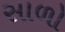
સાળો